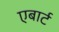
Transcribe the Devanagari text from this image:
एबार्ट